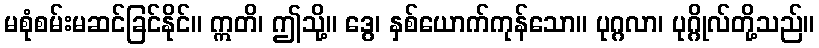
မစုံစမ်းမဆင်ခြင်နိုင်။ ဣတိ၊ ဤသို့။ ဒွေ၊ နှစ်ယောက်ကုန်သော။ ပုဂ္ဂလာ၊ ပုဂ္ဂိုလ်တို့သည်။